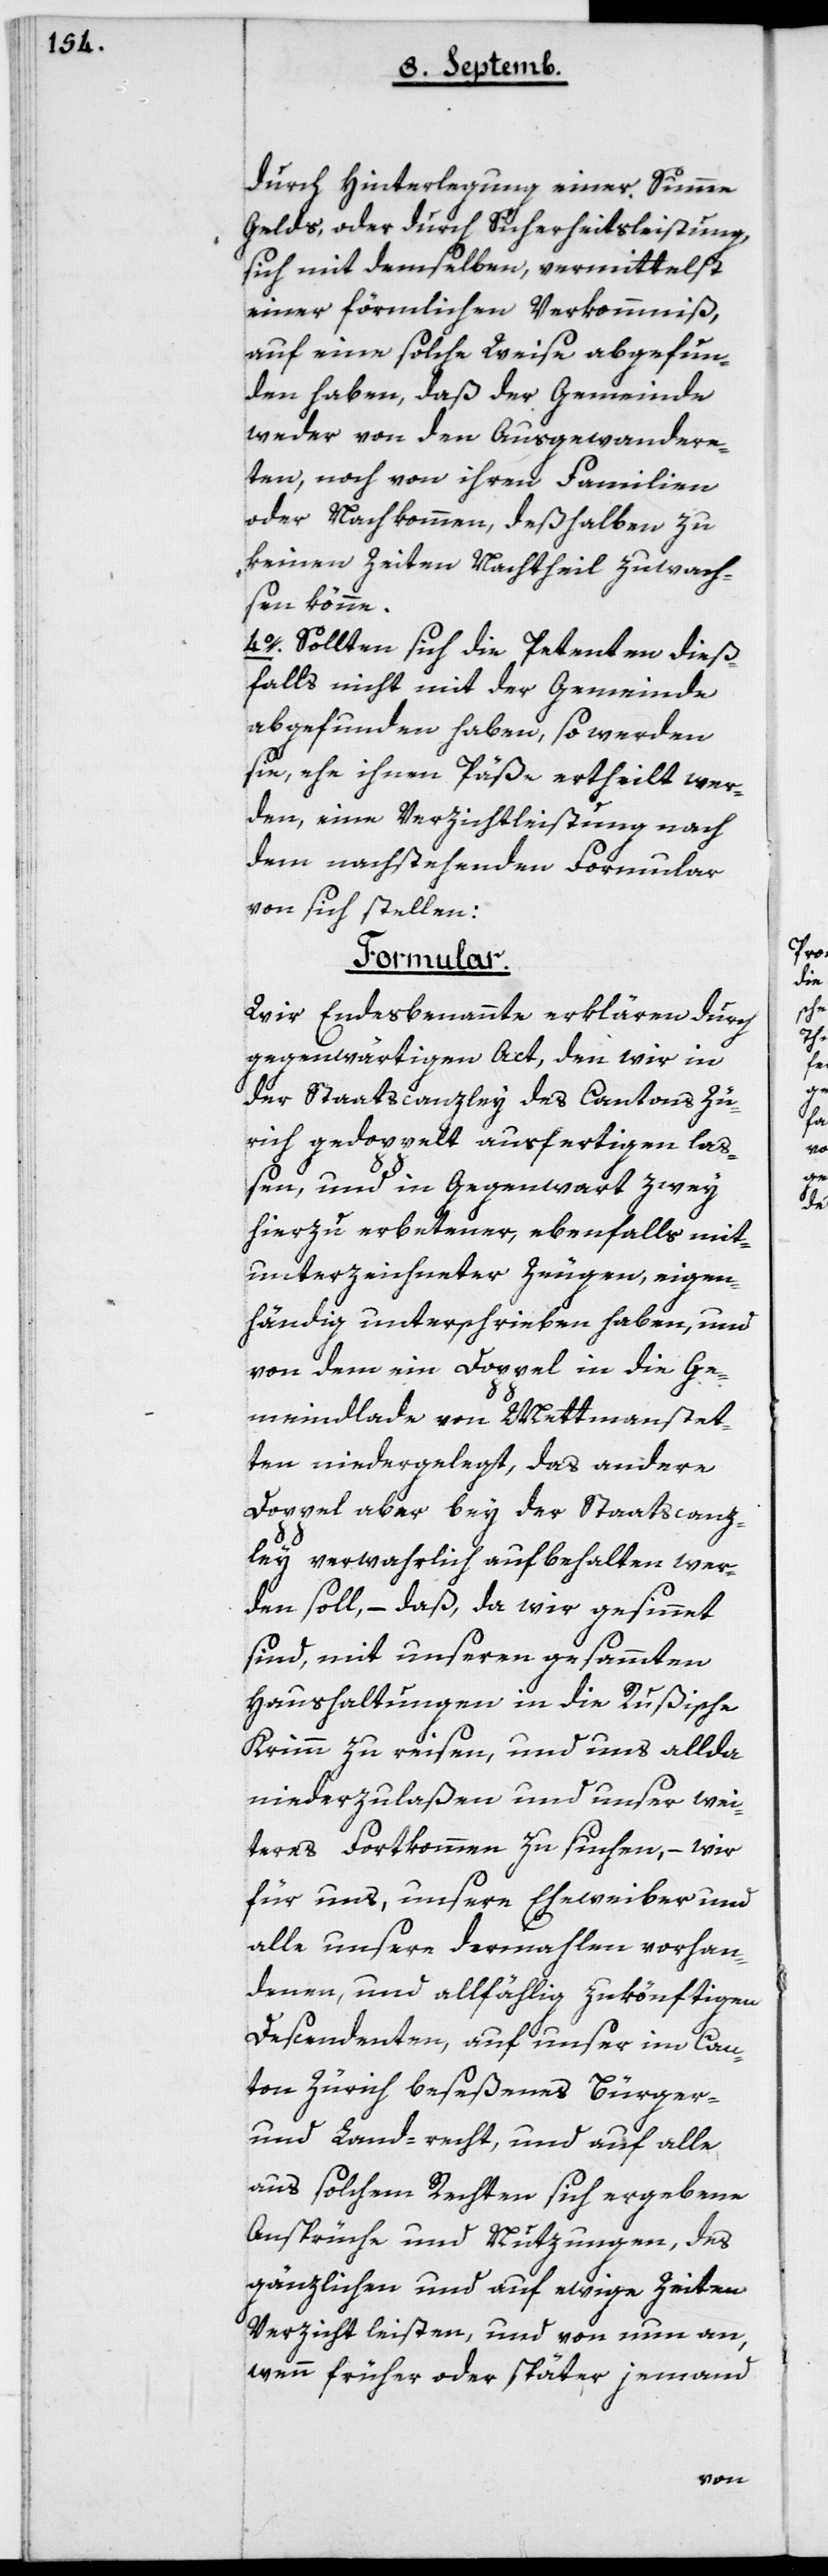
durch Hinterlegung einer Summe
Gelds, oder durch Sicherheitsleistung,
sich mit demselben, vermittelst
einer förmlichen Verkommnis,
auf eine solche Weise abgefun¬
den haben, daß der Gemeinde
weder von den Ausgewander¬
ten, noch von ihren Familien
oder Nachkommen, deshalben zu
keinen Zeiten Nachtheil zuwach¬
sen könne.
4. Sollten sich die Petenten dieß¬
falls nicht mit der Gemeinde
abgefunden haben, so werden
sie, ehe ihnen Päße ertheilt wer¬
den, eine Verzichtleistung nach
dem nachstehenden Formular
von sich stellen:
Formular.
Wir Endesbenannte erklären durch
gegenwärtigen Act, den wir in
der Staatscanzley des Cantons Zü¬
rich gedoppelt ausfertigen laß¬
en, und in Gegenwart zwey
hierzu erbetener, ebenfalls mit¬
unterzeichneter Zeugen, eigen¬
händig unterschrieben haben, und
von dem ein Doppel in die Ge¬
meindlade von Mettmenstet¬
ten niedergelegt, das andere
Doppel aber bey der Staatscanz¬
ley verwahrlich aufbehalten wer¬
den soll, – daß, da wir gesinnet
sind, mit unseren gesamten
Haushaltungen in die Rußische
Krim zu reisen, und uns allda
niederzulaßen und unser wei¬
teres Fortkommen zu suchen, – wir
für uns, unsern Eheweiber und
alle unsere dermahlen vorhan¬
denen, und allfällig zukönftigen
Descendenten, auf unser im Can¬
ton Zürich beseßenes Bürger-
und Landrecht und auf alle
aus solchem Rechten sich ergebene
Ansprüche und Nuzungen, des
gänzlichen und auf ewige Zeiten
Verzicht leisten, und von nun an,
wenn früher oder später, jemand